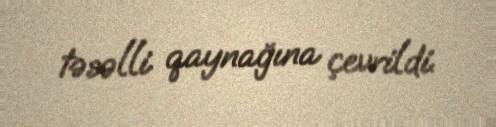
təsəlli qaynağına çevrildi.